Indian journal of veterinary science and animal husbandry - Volumes 22-23, 1952-1953
Year: 1952
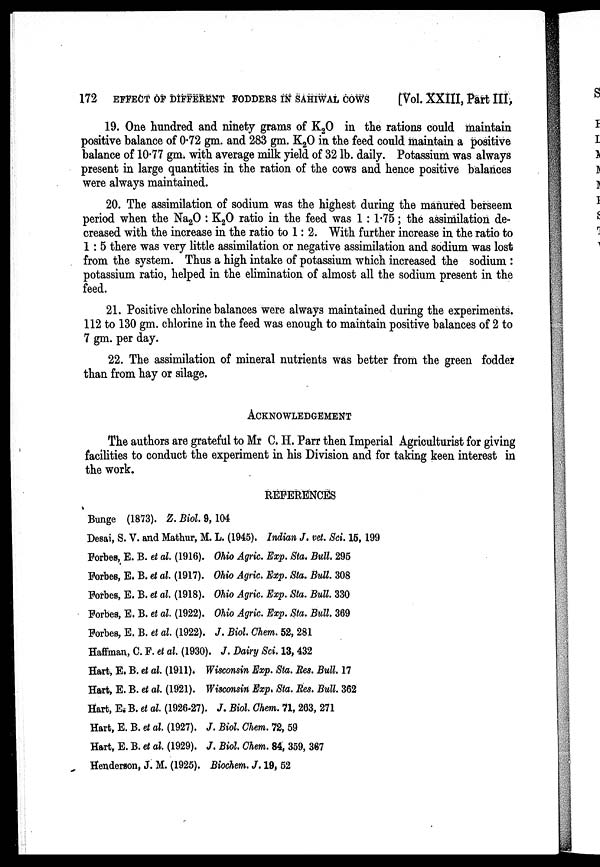
172 EFFECT OF DIFFERENT FODDERS IN SAHIWAL COWS
[Vol. XXIII, Part III,
19. One hundred and ninety grams of K 2 O in the rations could maintain
positive balance of 0.72 gm. and 283 gm. K 2 O in the feed could maintain a positive
balance of 10.77 gm. with average milk yield of 32 lb. daily. Potassium was always
present in large quantities in the ration of the cows and hence positive balances
were always maintained.
20. The assimilation of sodium was the highest during the manured berseem
period when the Na 2 O : K 2 O ratio in the feed was 1 : 1.75 ; the assimilation de-
creased with the increase in the ratio to 1 : 2. With further increase in the ratio to
1 : 5 there was very little assimilation or negative assimilation and sodium was lost
from the system. Thus a high intake of potassium which increased the sodium :
potassium ratio, helped in the elimination of almost all the sodium present in the
feed.
21. Positive chlorine balances were always maintained during the experiments.
112 to 130 gm. chlorine in the feed was enough to maintain positive balances of 2 to
7 gm. per day.
22. The assimilation of mineral nutrients was better from the green fodder
than from hay or silage.
ACKNOWLEDGEMENT
The authors are grateful to Mr C. H. Parr then Imperial Agriculturist for giving
facilities to conduct the experiment in his Division and for taking keen interest in
the work.
REFERENCES
Bunge (1873). Z. Biol. 9, 104
Desai, S. V. and Mathur, M. L. (1945). Indian J. vet. Sci. 15, 199
Forbes, E. B. et al. (1916). Ohio Agric. Exp. Sta. Bull. 295
Forbes, E. B. et al. (1917). Ohio Agric. Exp. Sta. Bull. 308
Forbes, E. B. et al. (1918). Ohio Agric. Exp. Sta. Bull. 330
Forbes, E. B. et al. (1922). Ohio Agric. Exp. Sta. Bull. 369
Forbes, E. B. et al. (1922). J. Biol. Chem. 52, 281
Haffman, C. F. et al. (1930). J. Dairy Sci. 13, 432
Hart, E. B. et al. (1911). Wisconsin Exp. Sta. Res. Bull. 17
Hart, E. B. et al. (1921). Wisconsin Exp. Sta. Res. Bull. 362
Hart, E. B. et al. (1926.27). J. Biol. Chem. 71, 263, 271
Hart, E. B. et al. (1927). J. Biol. Chem. 72, 59
Hart, E. B. et al. (1929). J. Biol. Chem. 84, 359, 367
Henderson, J. M. (1925). Biochem. J. 19, 52